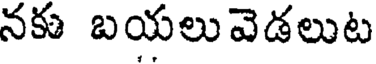
నకు బయలు వెడలుట